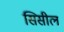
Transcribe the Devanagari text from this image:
सिसील